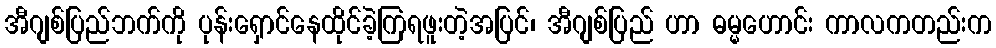
အီဂျစ်ပြည်ဘက်ကို ပုန်းရှောင်နေထိုင်ခဲ့ကြရဖူးတဲ့အပြင်၊ အီဂျစ်ပြည် ဟာ ဓမ္မဟောင်း ကာလကတည်းက